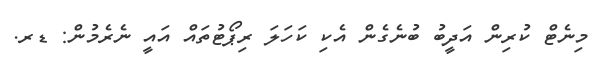
މިނެޓް ކުރިން އަދީބު ބުނެގެން އެކި ކަހަލަ ރިޕޯޓުތައް އައީ ނެރެމުން: ޑރ.